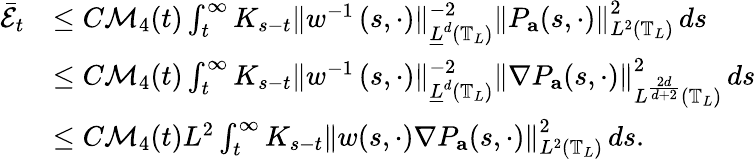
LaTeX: \begin{array}{rl}{\bar{\mathcal{E}}_{t}}&{\leq C\mathcal{M}_{4}(t)\int_{t}^{\infty}K_{s-t}\| w^{-1}\left(s,\cdot\right)\| _{\underline{{L}}^{d}(\mathbb{T}_{L})}^{-2}\left\| P_{\mathbf{a}}(s,\cdot)\right\| _{L^{2}\left(\mathbb{T}_{L}\right)}^{2}\, ds}\\ &{\leq C\mathcal{M}_{4}(t)\int_{t}^{\infty}K_{s-t}\| w^{-1}\left(s,\cdot\right)\| _{\underline{{L}}^{d}(\mathbb{T}_{L})}^{-2}\left\| \nabla P_{\mathbf{a}}(s,\cdot)\right\| _{L^{\frac{2d}{d+2}}\left(\mathbb{T}_{L}\right)}^{2}\, ds}\\ &{\leq C\mathcal{M}_{4}(t)L^{2}\int_{t}^{\infty}K_{s-t}\left\| w(s,\cdot)\nabla P_{\mathbf{a}}(s,\cdot)\right\| _{L^{2}\left(\mathbb{T}_{L}\right)}^{2}\, ds.}\end{array}